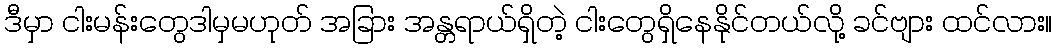
ဒီမှာ ငါးမန်းတွေဒါမှမဟုတ် အခြား အန္တရာယ်ရှိတဲ့ ငါးတွေရှိနေနိုင်တယ်လို့ ခင်ဗျား ထင်လား။